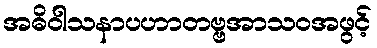
အဓိဝါသနာပဟာတဗ္ဗအာသဝအဖွင့်